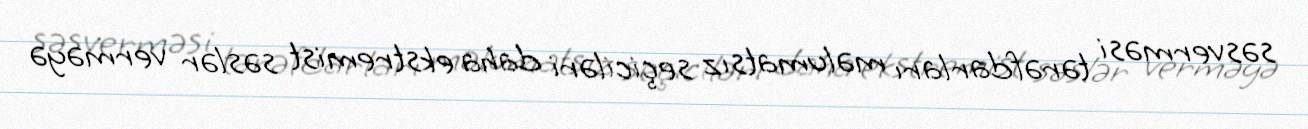
səsverməsi tərəfdarları məlumatsız seçiciləri daha ekstremist səslər verməyə